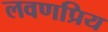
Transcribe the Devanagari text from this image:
लवणप्रिय